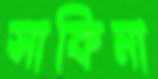
সাকিনা